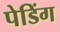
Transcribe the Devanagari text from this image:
पेडिंग